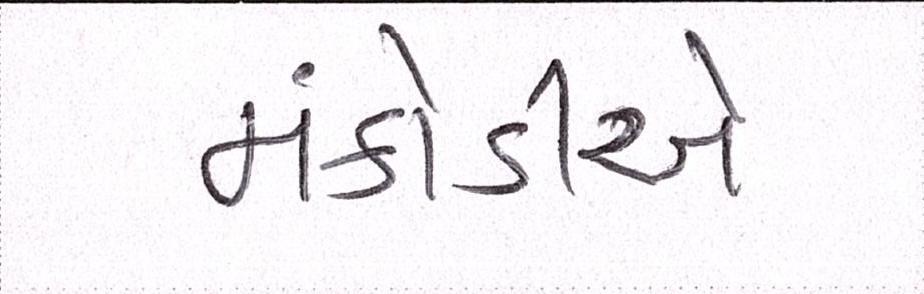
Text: મંકોડીએ